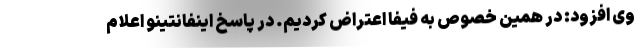
وی افزود: در همین خصوص به فیفا اعتراض کردیم‌. در پاسخ اینفانتینو اعلام